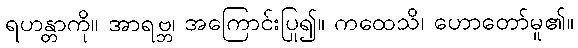
ရဟန္တာကို။ အာရဗ္ဘ၊ အကြောင်းပြု၍။ ကထေသိ၊ ဟောတော်မူ၏။